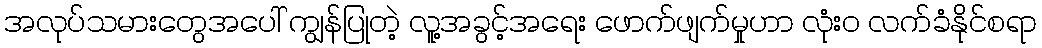
အလုပ်သမားတွေအပေါ် ကျွန်ပြုတဲ့ လူ့အခွင့်အရေး ဖောက်ဖျက်မှုဟာ လုံး၀ လက်ခံနိုင်စရာ